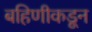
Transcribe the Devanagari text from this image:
बहिणीकडून